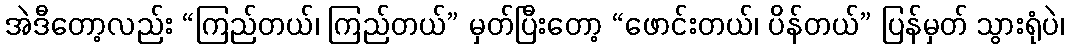
အဲဒီတော့လည်း “ကြည်တယ်၊ ကြည်တယ်” မှတ်ပြီးတော့ “ဖောင်းတယ်၊ ပိန်တယ်” ပြန်မှတ် သွားရုံပဲ၊